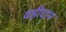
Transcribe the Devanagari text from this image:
वहीदान